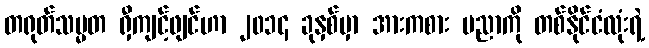
တရုတ်သမ္မတ ရှီကျင့်ဖျင်ဟာ ၂၀၁၄ ခုနှစ်မှာ အားကစား ပညာကို တစ်နိုင်ငံလုံးရဲ့